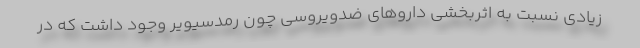
زیادی نسبت به اثربخشی داروهای ضدویروسی چون رمدسیویر وجود داشت که در